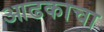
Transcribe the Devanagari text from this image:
आढकाचा